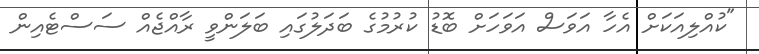
"ކުއްލިއަކަށް އެހާ އަވަސް އަވަހަށް ބޮޑު ކުރުމުގެ ބަދަލުގައި ބަލަންވީ ރާއްޖެއް ސަސްޓެއިން